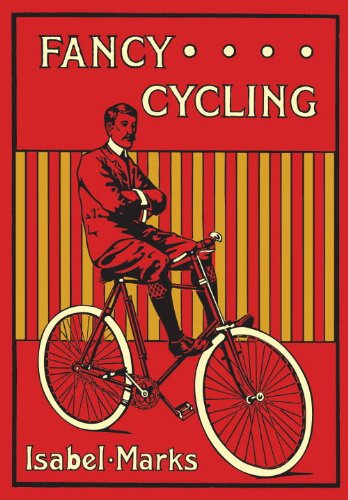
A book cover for Fancy Cycling, 1901: An Edwardian Guide; Isabel Marks; Engineering & Transportation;